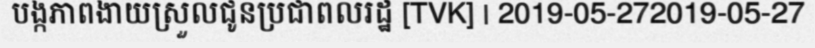
បង្កភាពងាយស្រួលជូនប្រជាពលរដ្ឋ [TVK] | 2019-05-272019-05-27